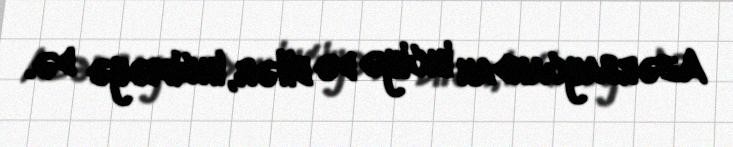
Azərbaycandan inciyə də bilər, inciməyə də.